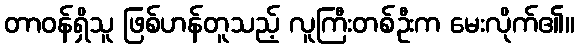
တာဝန်ရှိသူ ဖြစ်ဟန်တူသည့် လူကြီးတစ်ဦးက မေးလိုက်၏။